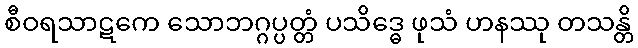
စီဝရသာဋကေ သောဘဂ္ဂပ္ပတ္တံ ပသိဒ္ဓေ ဖုသံ ဟနဿု တသန္တိ